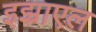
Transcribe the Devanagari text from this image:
इझ्राएल